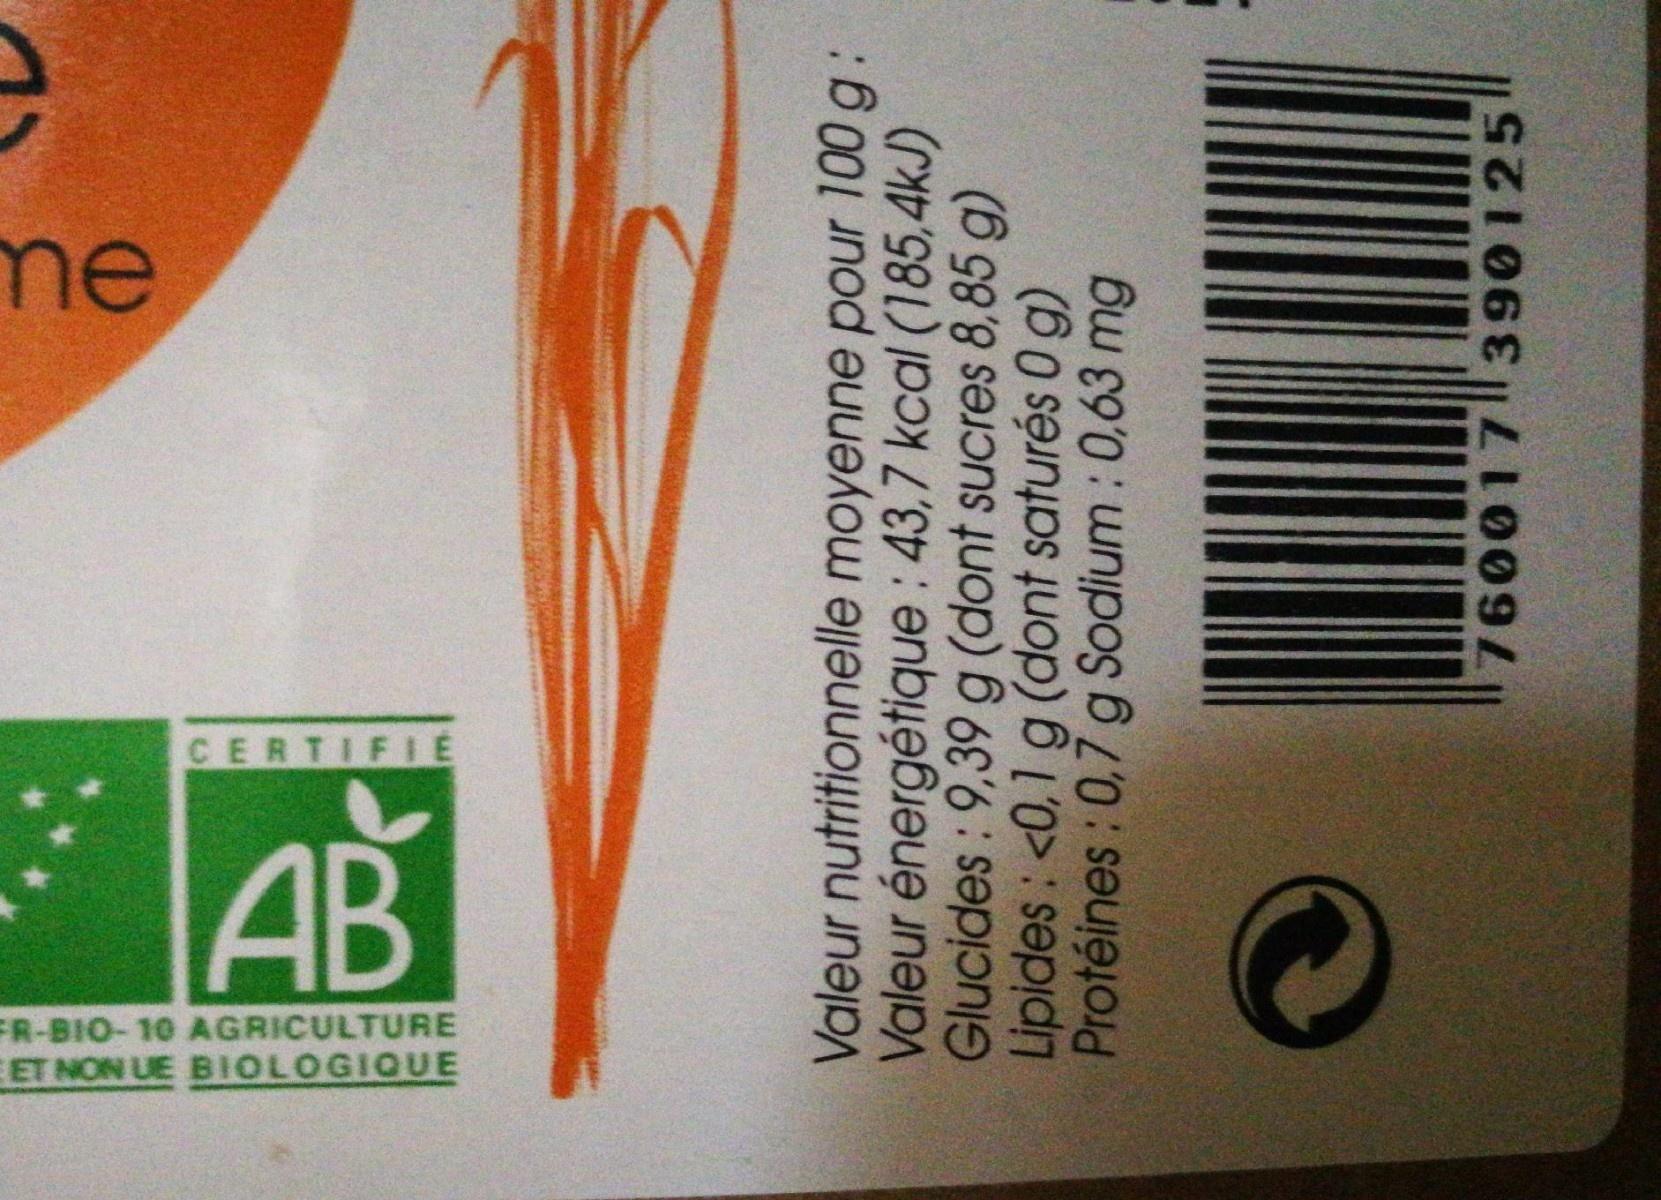
me
CERTIFIE
AB
FR-BIO- 10 AGRICULTURE EET NON UE BIOLOGIQUE
Valeur nutritionnelle moyenne pour 100 g: Valeur énergétique : 43,7 kcal (185,4kJ) Glucides: 9,39 g (dont sucres 8,85 g) Lipides: <0,1 g (dont saturés 0 g) Protéines : 0,7 g Sodium : 0,63 mg